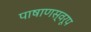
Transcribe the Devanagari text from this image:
पाषाणस्वरूप